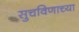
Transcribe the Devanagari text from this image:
सुचविणाच्या